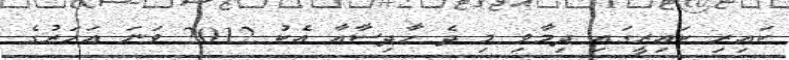
ކައިރި ކައިރީގައި ދިމާވި މި ދެ ހާދިސާއާ އެކު 2012 ވަނަ އަހަރުގެ